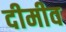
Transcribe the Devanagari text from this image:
दीमीव